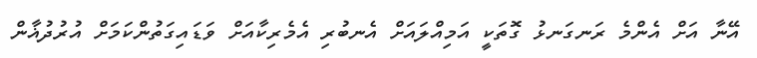
އޭނާ އަށް އެންމެ ރަނގަނޅު ގޮތަކީ އަމިއްލައަށް އެނބުރި އެމެރިކާއަށް ވަޑައިގަތުންކަމަށް އުރުދުޣާން